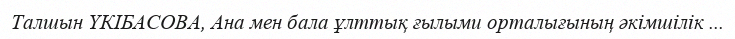
Талшын ҮКІБАСОВА, Ана мен бала ұлттық ғылыми орталығының әкімшілік ...